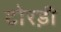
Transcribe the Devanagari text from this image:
टोरड़ी